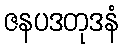
ဇနပဒတုဒနံ